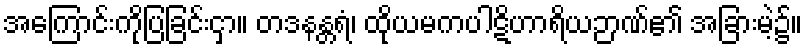
အကြောင်းကိုပြခြင်းငှာ။ တဒနန္တရံ၊ ထိုယမကပါဋိဟာရိယဉာဏ်၏ အခြားမဲ့၌။